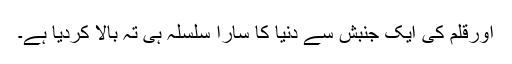
اورقلم کی ایک جنبش سے دنیا کا سارا سلسلہ ہی تہ بالا کردیا ہے۔